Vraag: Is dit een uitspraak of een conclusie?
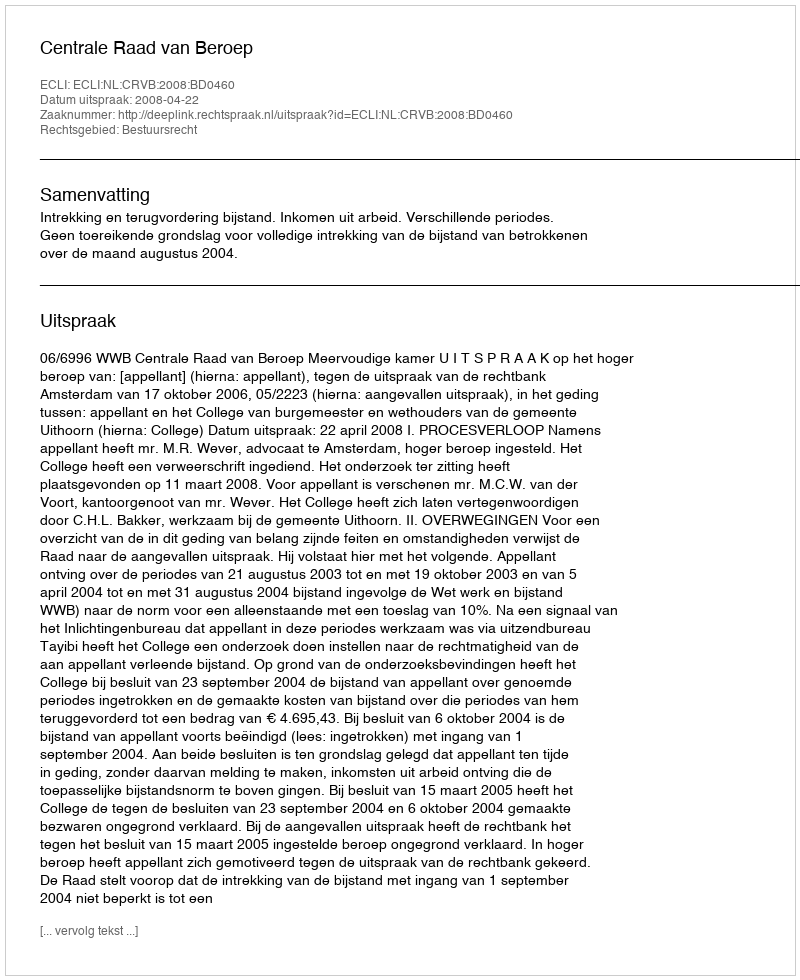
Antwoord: Uitspraak